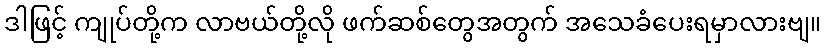
ဒါဖြင့် ကျုပ်တို့က လာဗယ်တို့လို ဖက်ဆစ်တွေအတွက် အသေခံပေးရမှာလားဗျ။